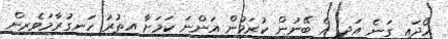
ހޯދައި ގަނެ އަދި އެ ބޭނުން ކުރަމުން އަންނަ ކަމަށާ އިތުރު ހަނގުރާމަވެރިން